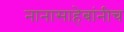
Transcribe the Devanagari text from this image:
नानासाहेबांनीच